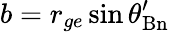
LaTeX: b=r_{ge}\sin\theta_{\mathrm{Bn}}^{\prime}